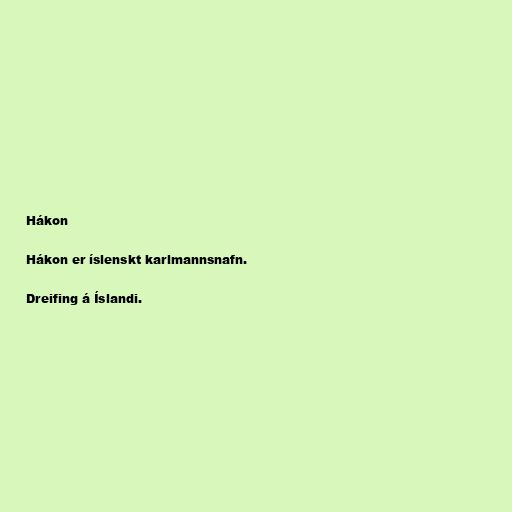
Hákon

Hákon er íslenskt karlmannsnafn.

Dreifing á Íslandi.